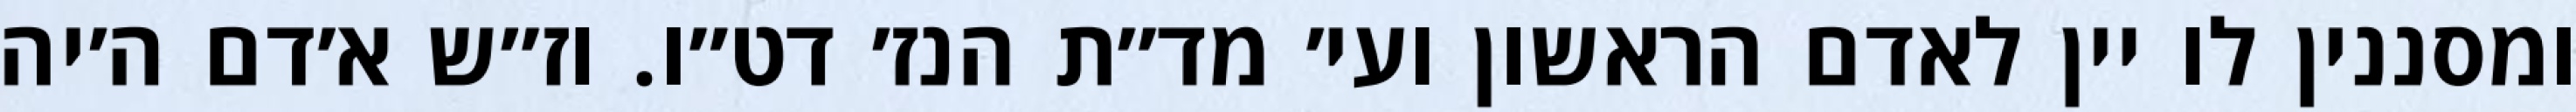
ומסננין לו יין לאדם הראשון ועי׳ מד״ת הנז׳ דט״ו. וז״ש א׳דם ה׳יה